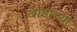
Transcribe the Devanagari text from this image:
खोडांच्या